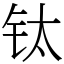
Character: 钛